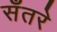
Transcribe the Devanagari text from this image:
सँतरे